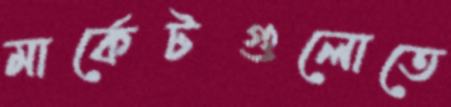
মার্কেটগুলোতে